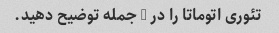
تئوری اتوماتا را در 2 جمله توضیح دهید.